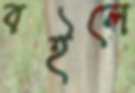
বইলে